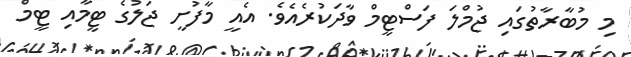
މި މުބާރާތުގައި ޖުމްލަ ފަސްޓީމް ވާދަކުރެއެވެ. އެއީ މާފުށީ ޖަލުގެ ޓީމާއި ޓީމް